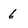
Character: 6